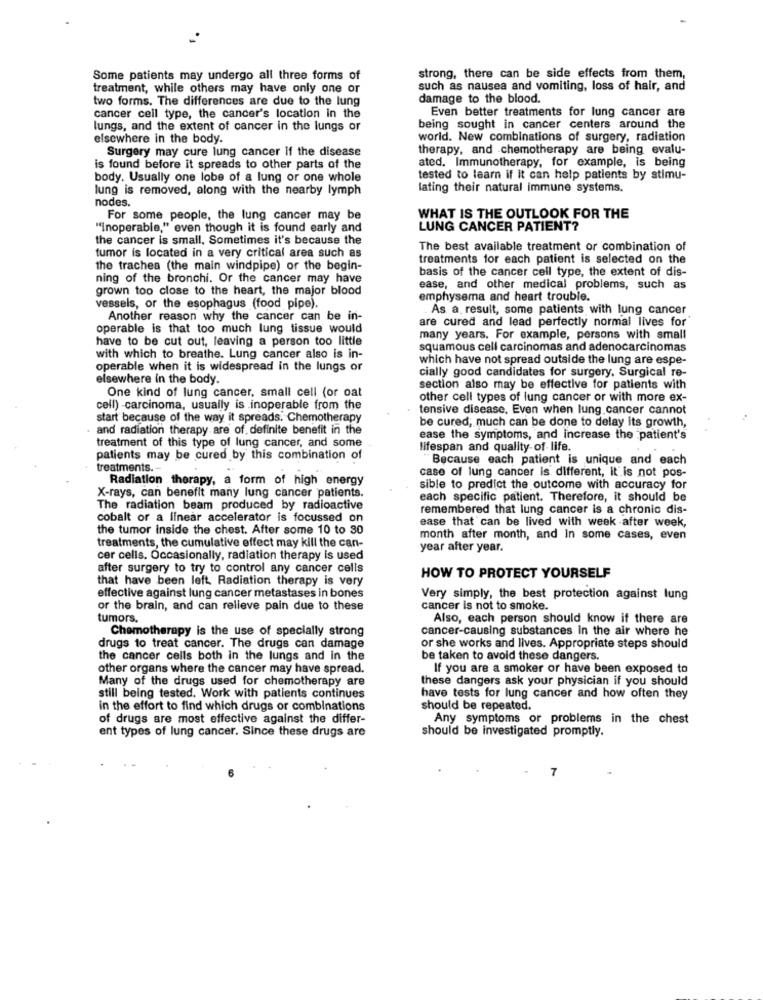
Some patients may undergo all three forms of
strong, there can be side effects from them,
treatment, while others may have only one or
such as nausea and vomiting, loss of hair, and
two forms. The differences are due to the lung
damage to the blood.
Even better treatments for lung cancer are
cancer cell type, the cancer's location in the
lungs, and the extent of cancer in the lungs or
being sought in cancer centers around the
elsewhere in the body.
world. New combinations of surgery, radiation
Surgery may cure lung cancer if the disease
therapy, and chemotherapy are being evalu-
is found before it spreads to other parts of the
ated. Immunotherapy, for example, is being
body. Usually one lobe of a lung or one whole
tested to learn if it can help patients by stimu-
lung is removed, along with the nearby lymph
lating their natural immune systems.
nodes.
For some people, the lung cancer may be
WHAT IS THE OUTLOOK FOR THE
"Inoperable," even though it is found early and
LUNG CANCER PATIENT?
the cancer is small, Sometimes it's because the
The best available treatment or combination of
tumor is located in a very critical area such as
treatments for each patient is selected on the
the trachea (the main windpipe) or the begin-
basis of the cancer cell type, the extent of dis-
ning of the bronchi. Or the cancer may have
grown too close to the heart, the major blood
ease, and other medical problems, such as
emphysema and heart trouble.
vessels, or the esophagus (food pipe).
As a result, some patients with lung cancer
Another reason why the cancer can be in-
are cured and lead perfectly normal lives for
operable is that too much lung tissue would
have to be cut out, leaving a person too little
many years. For example, persons with small
squamous cell carcinomas and adenocarcinomas
with which to breathe. Lung cancer also is in-
which have not spread outside the lung are espe-
operable when it is widespread in the lungs or
cially good candidates for surgery, Surgical re-
elsewhere in the body.
section also may be effective for patients with
One kind of lung cancer, small cell (or oat
other cell types of lung cancer or with more ex-
cell) -carcinoma, usually is inoperable from the
tensive disease. Even when lung cancer cannot
start because of the way it spreads. Chemotherapy
and radiation therapy are of definite benefit in the
be cured, much can be done to delay its growth,
ease the symptoms, and increase the patient's
treatment of this type of lung cancer, and some
lifespan and quality of life.
patients may be cured by this combination of
"Because each patient is unique and each
treatments. -
case of lung cancer is different, it is not pos-
Radiation therapy, a form of high energy
X-rays, can benefit many lung cancer patients.
sible to predict the outcome with accuracy for
each specific patient. Therefore, it should be
The radiation beam produced by radioactive
remembered that lung cancer is a chronic dis-
cobalt or a linear accelerator is focussed on
ease that can be lived with week -after week,
the tumor inside the chest. After some 10 to 30
month after month, and In some cases, even
treatments, the cumulative effect may kill the can-
year after year.
cer cells. Occasionally, radiation therapy is used
after surgery to try to control any cancer cells
that have been left Radiation therapy is very
HOW TO PROTECT YOURSELF
effective against lung cancer metastases in bones
Very simply, the best protection against lung
or the brain, and can relieve pain due to these
cancer is not to smoke.
tumors.
Also, each person should know if there are
Chemotherapy is the use of specially strong
cancer-causing substances in the air where he
drugs to treat cancer. The drugs can damage
or she works and lives. Appropriate steps should
the cancer cells both in the lungs and in the
be taken to avoid these dangers.
other organs where the cancer may have spread.
If you are a smoker or have been exposed to
Many of the drugs used for chemotherapy are
these dangers ask your physician if you should
still being tested. Work with patients continues
have tests for lung cancer and how often they
in the effort to find which drugs or combinations
should be repeated.
of drugs are most effective against the differ-
Any symptoms or problems in the chest
ent types of lung cancer. Since these drugs are
should be investigated promptly.
7